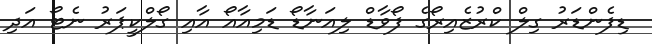
ޑިފެންޑަރު ގިލް ކްރުޒެއިރޯގެ ފޯވާޑް ލިއަނާޑޯ ޑަމިއާއޯ އާއި ގޯލްކީޕަރު ނެޓޯ އަދި